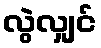
လွဲလျှင်